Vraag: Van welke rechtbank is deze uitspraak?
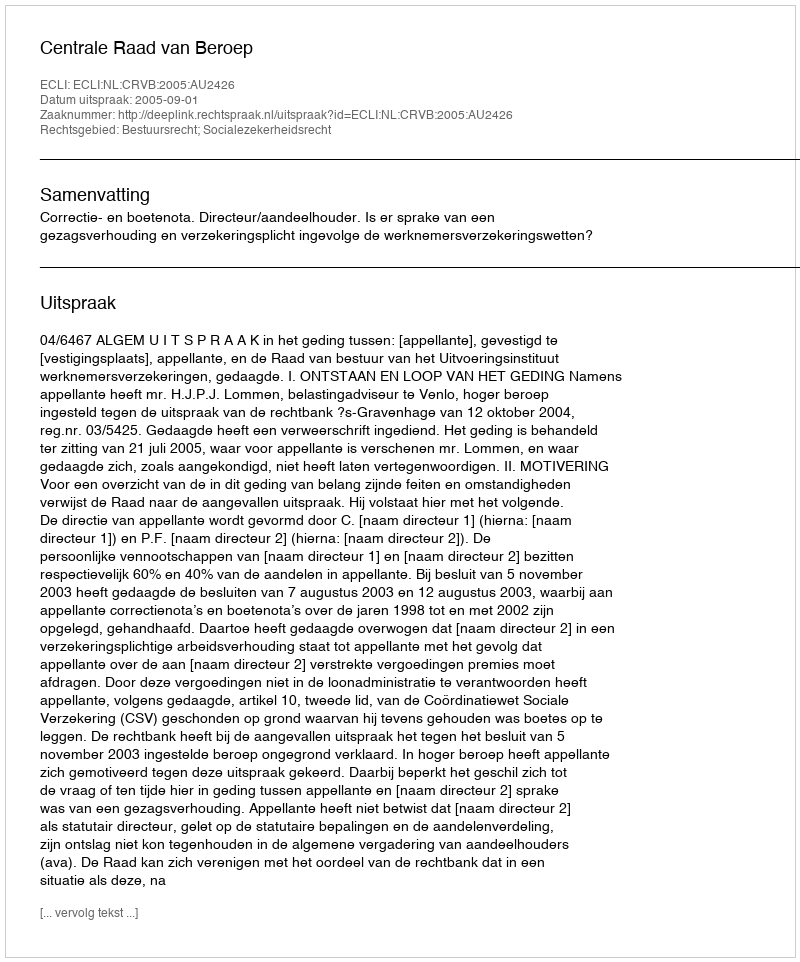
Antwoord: Centrale Raad van Beroep